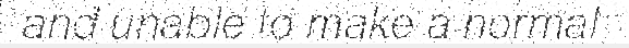
and unable to make a normal